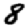
Digit: 8